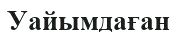
Уайымдаған